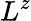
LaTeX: L^{z}